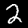
Digit: 2